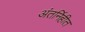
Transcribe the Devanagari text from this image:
अंतर्निहीत